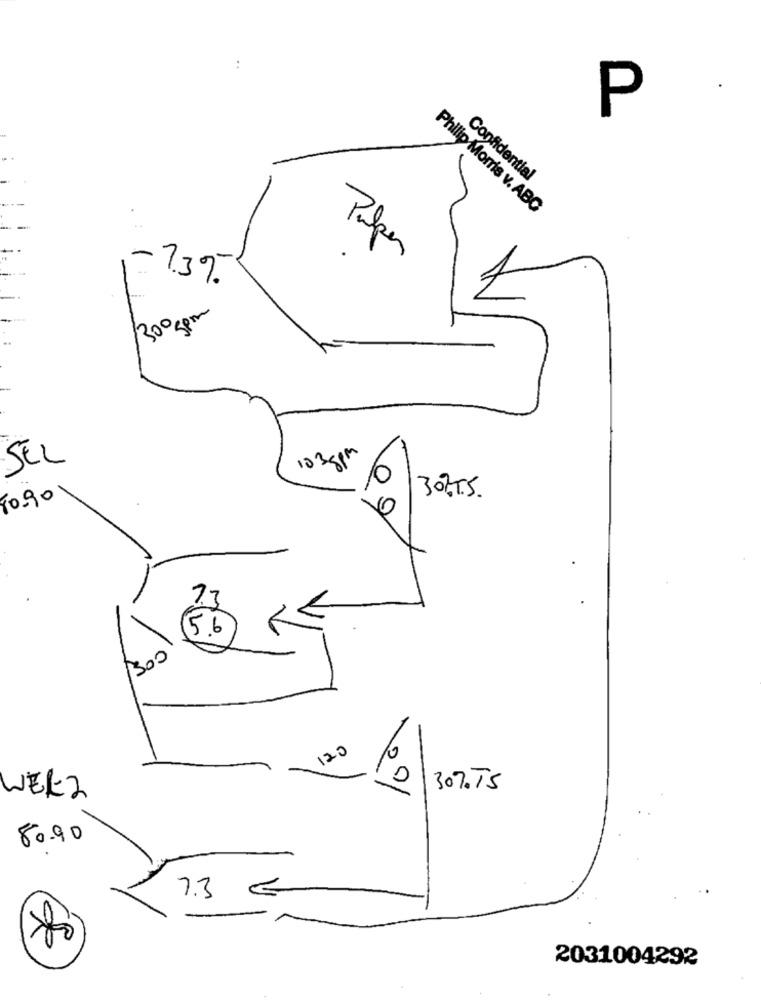
P
Confidential
Philip Morris v. ABC
Paper
-7.3%
13000 m
SEL
103 8pm
10.90
307.S.
7.7
15.6
1300
120
30%TS
WERZ
80.90
7.3
2031004292